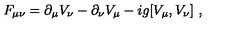
F _ { \mu \nu } = \partial _ { \mu } V _ { \nu } - \partial _ { \nu } V _ { \mu } - i g [ V _ { \mu } , V _ { \nu } ] \ ,